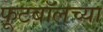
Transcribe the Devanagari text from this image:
फूटबॉलच्या